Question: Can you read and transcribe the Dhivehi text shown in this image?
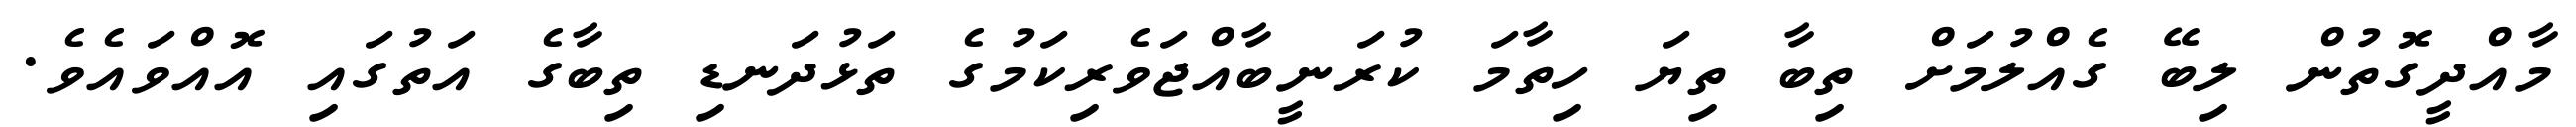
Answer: މާއްދީގޮތުން ލިބޭ ގެއްލުމަށް ތިބާ ތިޔަ ހިތާމަ ކުރަނީބާއްޖަވެރިކަމުގެ ތަޅުދަނޑި ތިބާގެ އަތުގައި އޮއްވައެވެ.